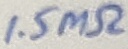
Text: 1.5MΩ